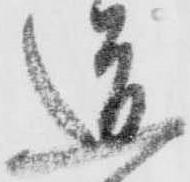
道